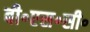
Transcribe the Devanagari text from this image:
बी॰एस॰सी॰